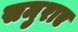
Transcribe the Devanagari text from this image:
समुराए